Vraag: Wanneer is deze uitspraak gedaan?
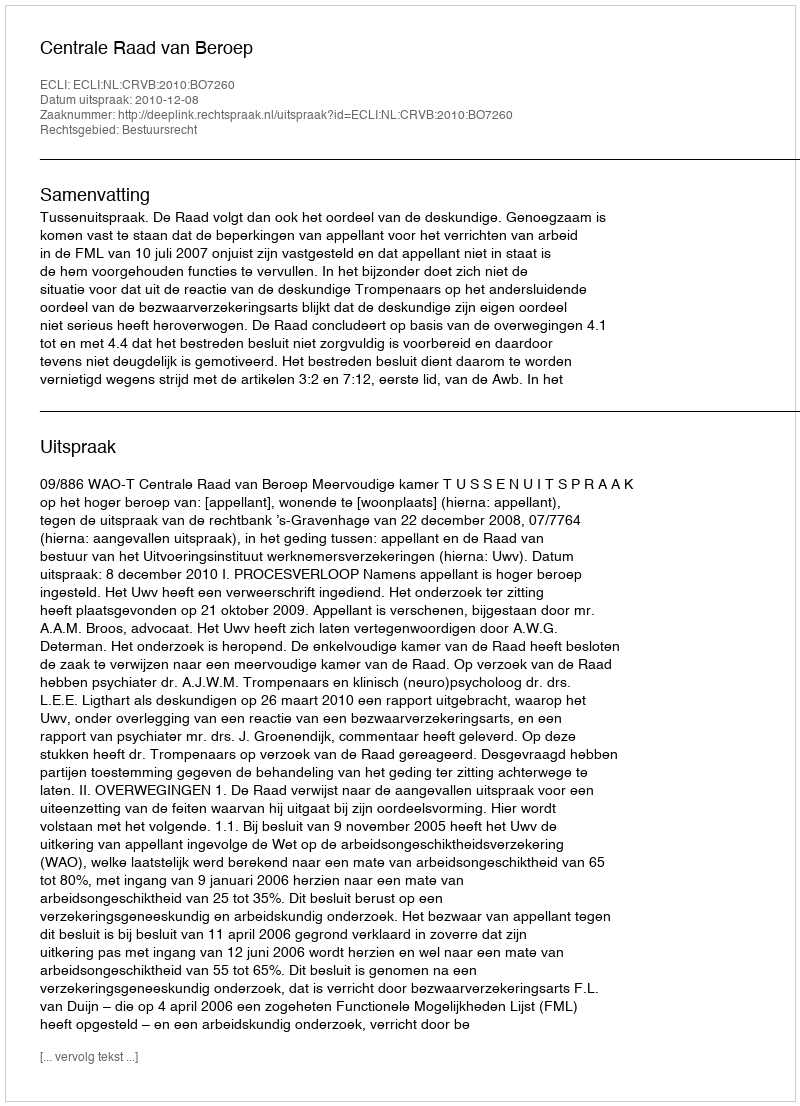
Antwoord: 2010-12-08